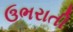
ઉભરાતી